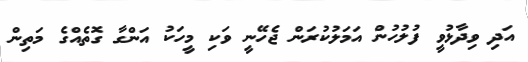
އަދި ވިދާޅުވީ ފުލުހުން އަމަލުކުރަން ޖެހޭނީ ވަކި މީހަކު އަންގާ ގޮތެއްގެ މަތިން